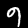
Digit: 9